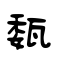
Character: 瓾